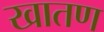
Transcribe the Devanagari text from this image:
खातण